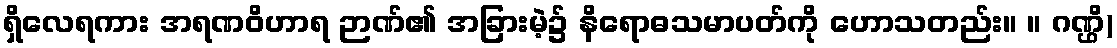
ရှိလေရကား အရဏဝိဟာရ ဉာဏ်၏ အခြားမဲ့၌ နိရောဓသမာပတ်ကို ဟောသတည်း။ ။ ဂဏ္ဌိ)